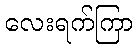
လေးရက်ကြာ